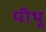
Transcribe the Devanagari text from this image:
पीथू